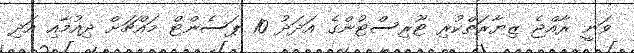
ވަނީ ރާއްޖެ ޒިޔާރަތްކުރި ޓޫރިސްޓުންގެ އަދަދު 10 ޕަސެންޓް މައްޗަށް ދިއުމާއި އަދި